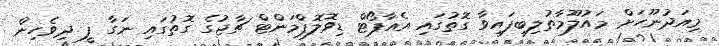
މިއަދުނޫހަށް މައުލޫމާތުލިބިފައިވާ ގޮތުގައި އެއާޕޯޓް ޑިވޮލޮޕްމަންޓް ޗާޖުގެ ގޮތުގައި ނަގާ ފީ ދިވެހިން